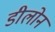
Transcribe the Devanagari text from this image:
डीलोन